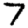
Digit: 7